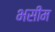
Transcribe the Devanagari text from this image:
भसीम